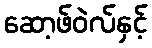
ဆော့ဖ်ဝဲလ်နှင့်